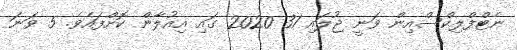
ނެޓްފްލިކްސްއިން ވަނީ ޖުލައި 31 2020 ގައި އިއުލާން ކޮށްފައެވެ. 5 ވަނަ